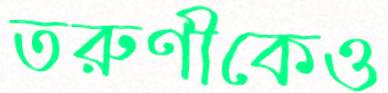
তরুণীকেও